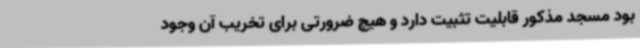
بود مسجد مذکور قابلیت تثبیت دارد و هیچ ضرورتی برای تخریب آن وجود